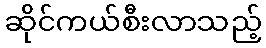
ဆိုင်ကယ်စီးလာသည့်